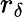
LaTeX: r_{\delta}